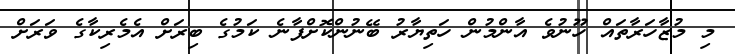
މި މުޒާހަރާތައް ހޫނުވެ އާންމުން ހަތިޔާރު ބޭނުންކޮށްފާނެ ކަމުގެ ބިރަށް އެމެރިކާގެ ވަރަށް